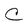
Character: C